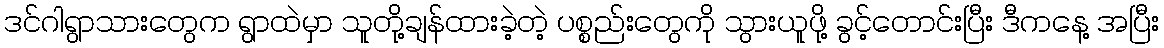
ဒင်ဂါရွာသားတွေက ရွာထဲမှာ သူတို့ချန်ထားခဲ့တဲ့ ပစ္စည်းတွေကို သွားယူဖို့ ခွင့်တောင်းပြီး ဒီကနေ့ အပြီး